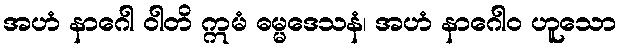
အဟံ နာဂေါ ဝါတိ ဣမံ ဓမ္မဒေသနံ၊ အဟံ နာဂေါဝ ဟူသော